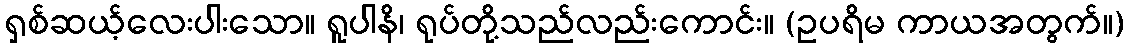
ရှစ်ဆယ့်လေးပါးသော။ ရူပါနိ၊ ရုပ်တို့သည်လည်းကောင်း။ (ဥပရိမ ကာယအတွက်။)